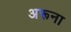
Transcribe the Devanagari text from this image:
अरूना